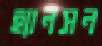
হ্যানসন